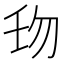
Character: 𠣔